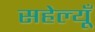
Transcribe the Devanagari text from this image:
सहेल्यूँ